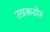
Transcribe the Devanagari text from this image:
उग्रकठोर